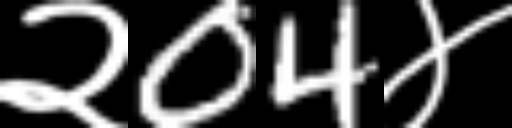
Text: २04४